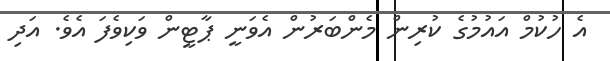
އެ ހުކުމް އައުމުގެ ކުރިން މެންބަރުން އެވަނީ ޕާޓީން ވަކިވެފަ އެވެ. އަދި